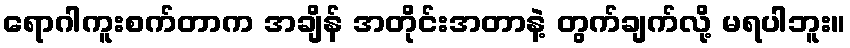
ရောဂါကူးစက်တာက အချိန် အတိုင်းအတာနဲ့ တွက်ချက်လို့ မရပါဘူး။